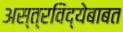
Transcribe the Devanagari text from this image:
अस्त्रविद्येबाबत